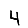
Digit: 4